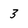
Character: 3